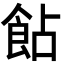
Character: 䬯